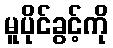
မူပိုင်ခွင့်ကို